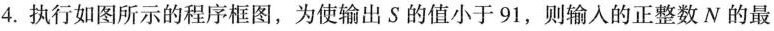
4.执行如图所示的程序框图，为使输出S的值小于91，则输入的正整数N的最